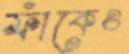
ফাঁকেও